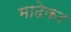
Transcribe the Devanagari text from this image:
माढेकर